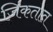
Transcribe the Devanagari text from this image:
जिंकतात